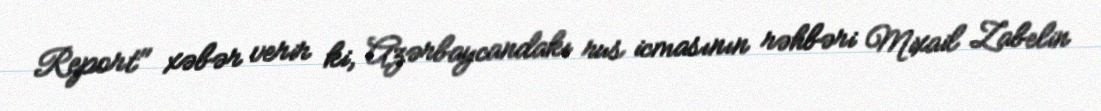
Report" xəbər verir ki, Azərbaycandakı rus icmasının rəhbəri Mixail Zabelin